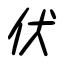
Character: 伏